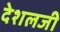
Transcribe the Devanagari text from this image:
देशलजी